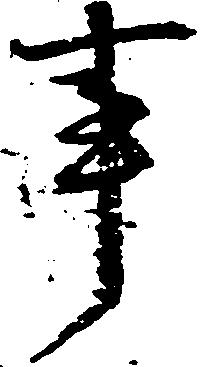
事